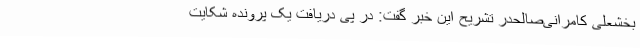
بخشعلی کامرانی‌صالحدر تشریح این خبر گفت: در پی دریافت یک پرونده شکایت